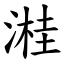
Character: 溎